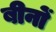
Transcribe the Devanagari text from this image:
बीनों